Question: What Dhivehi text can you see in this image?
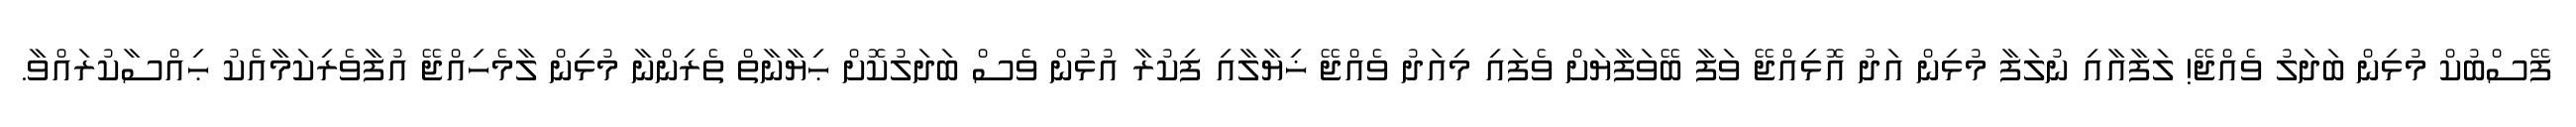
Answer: ފޭސްބުކް މުޅިން ބަދަލު ވެއްޖޭ! ލަފާއާއި ނުލަފާ މުޅިން އަދު އޮޅިއްޖޭ ވަފާ ބޭވަފާޔަށް ވެފައި މިއަދު ވެއްޖޭ ޚިޔާލާއި ފިކުރާ އުޅުން ވެސް ބަދަލުކޮށް ޙިޔާނާތް ތެރިންނާ މުޅިން ލާމެހިއްޖޭ އުފާވެރިކަމާއެކު ޙިއްސާކުރައްވާ.